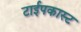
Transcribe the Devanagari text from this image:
टाईपकास्ट